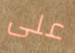
على